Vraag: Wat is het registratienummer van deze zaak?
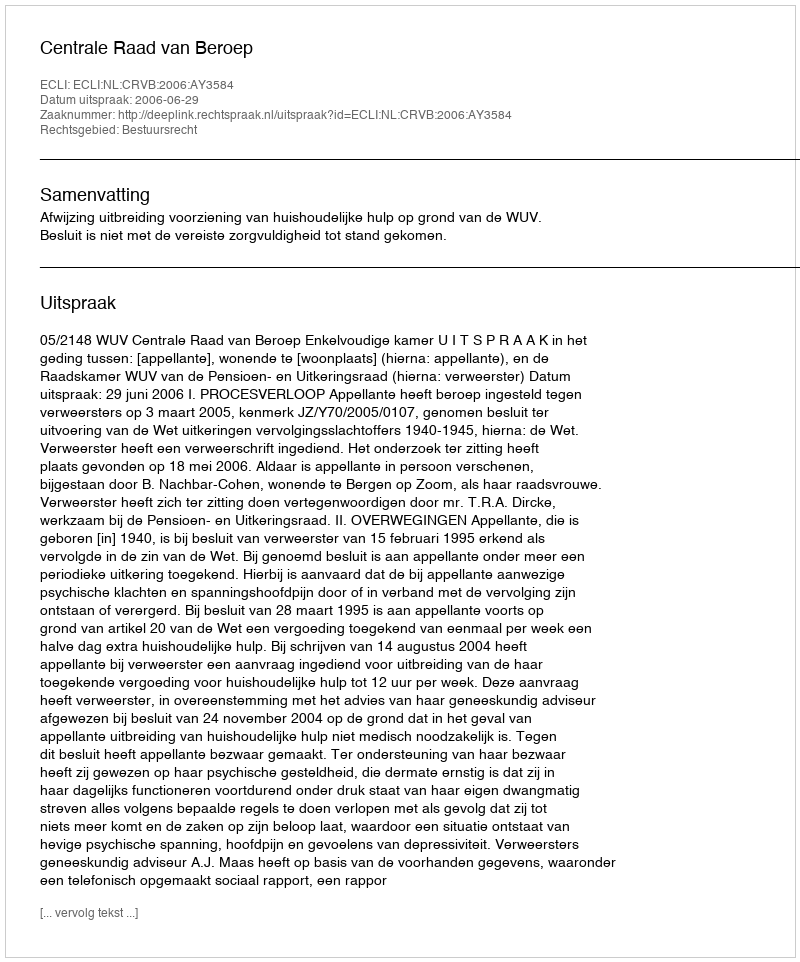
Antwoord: http://deeplink.rechtspraak.nl/uitspraak?id=ECLI:NL:CRVB:2006:AY3584